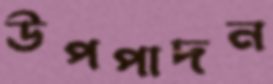
উপপাদন